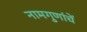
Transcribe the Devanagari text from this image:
नामगुणांचें